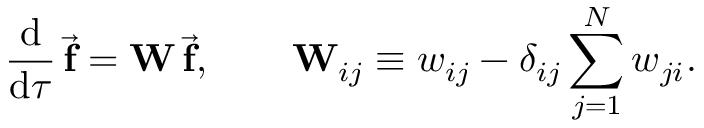
\frac { \mathrm { d } } { \mathrm { d } \tau } \, \vec { \mathbf { f } } = \mathbf { W } \, \vec { \mathbf { f } } , \qquad \mathbf { W } _ { i j } \equiv w _ { i j } - \delta _ { i j } \sum _ { j = 1 } ^ { N } w _ { j i } .